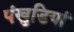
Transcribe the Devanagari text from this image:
पंखुडि़यां